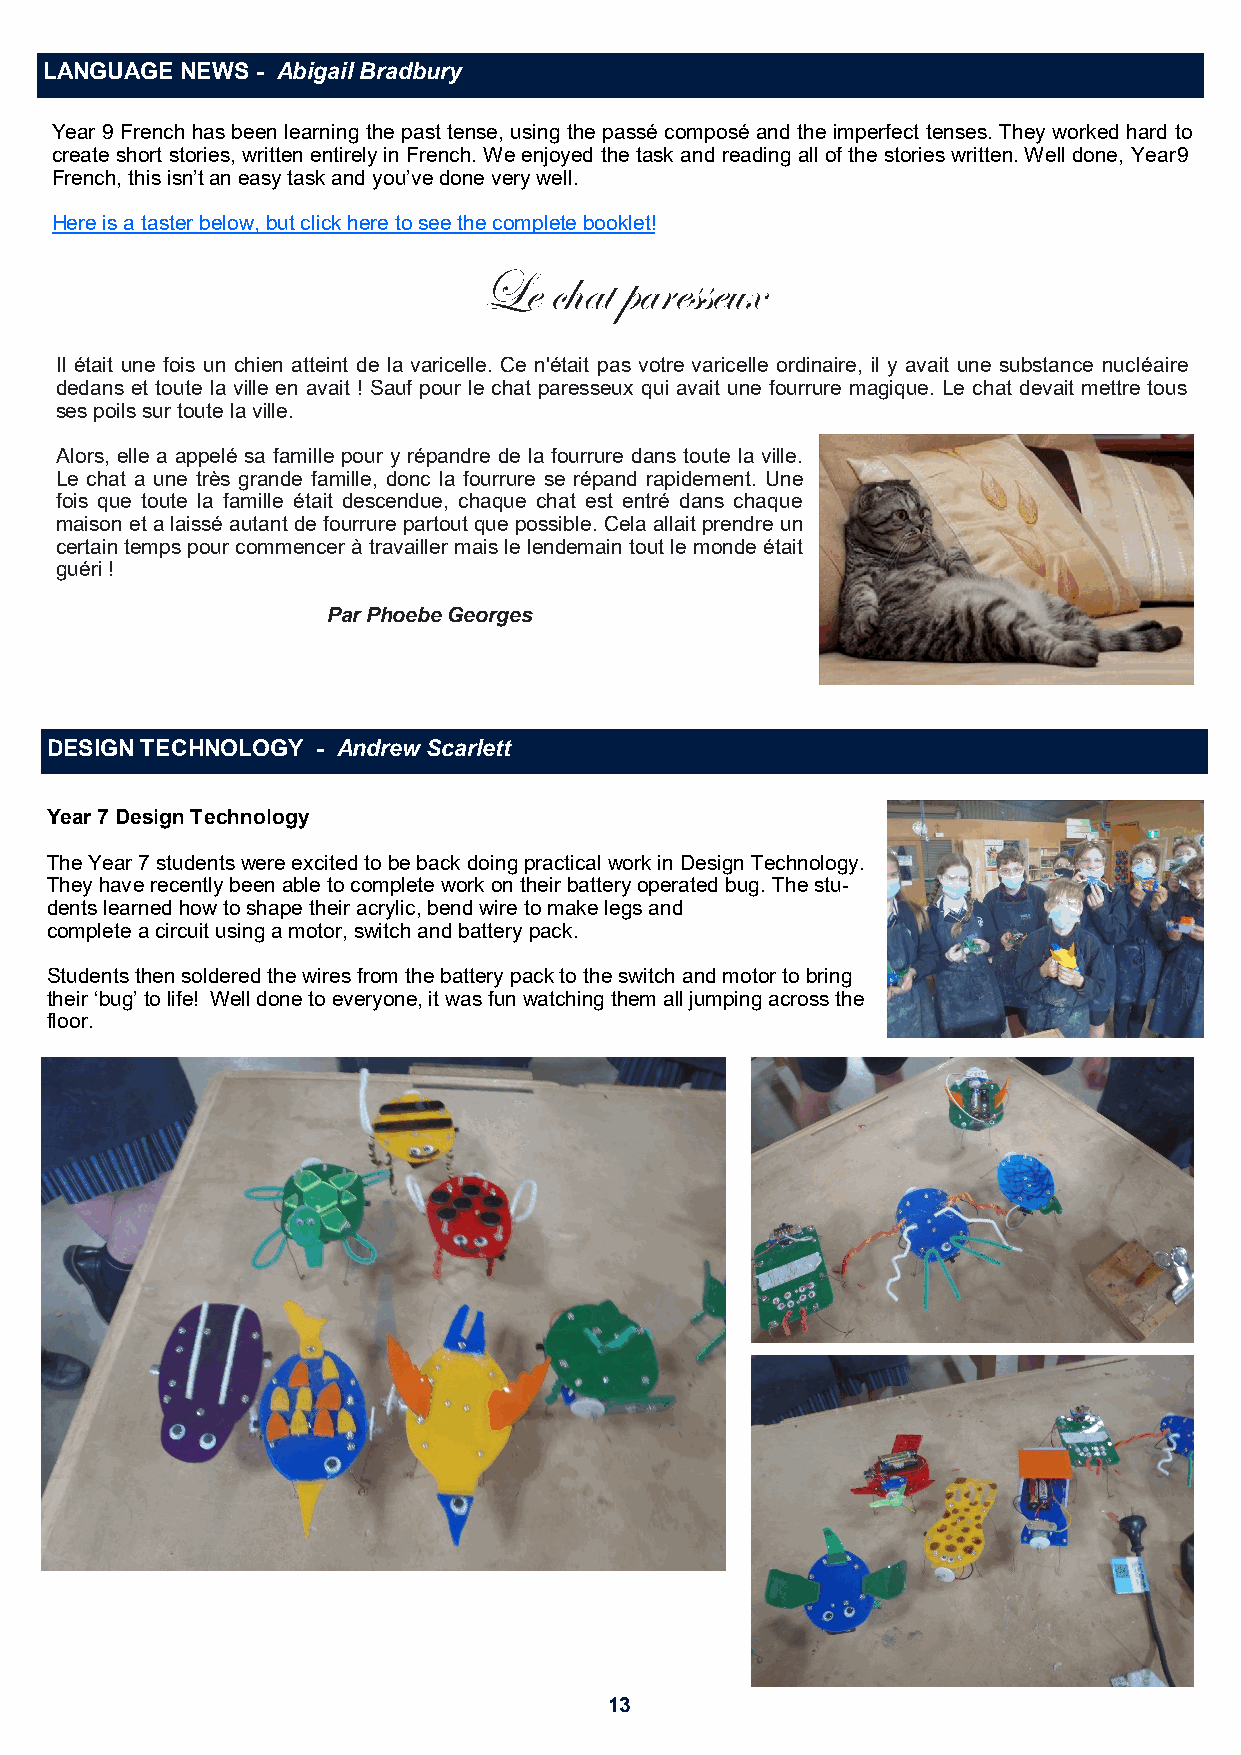
LANGUAGE NEWS - Abigail Bradbury
 Year 9 French has been learning the past tense, using the passé composé and the imperfect tenses. They worked hard to
 create short stories, written entirely in French. We enjoyed the task and reading all of the stories written. Well done, Year 9
 French, this isn’t an easy task and you’ve done very well.
 Here is a taster below, but click here to see the complete booklet!
 Le  chat paresseux
 Il était une fois un chien atteint de la varicelle. Ce n'était pas votre varicelle ordinaire, il y avait une substance nucléaire
 dedans et toute la ville en avait ! Sauf pour le chat paresseux qui avait une fourrure magique. Le chat devait mettre tous
 ses poils sur toute la ville.
 Alors, elle a appelé sa famille pour y répandre de la fourrure dans toute la ville.
 Le chat a une très grande famille, donc la fourrure se répand rapidement. Une
 fois que toute la famille était descendue, chaque chat est entré dans chaque
 maison et a laissé autant de fourrure partout que possible. Cela allait prendre un
 certain temps pour commencer à travailler mais le lendemain tout le monde était
 guéri !
 Par Phoebe Georges
 DESIGN TECHNOLOGY - Andrew Scarlett
 Year 7 Design Technology
 The Year 7 students were excited to be back doing practical work in Design Technology.
 They have recently been able to complete work on their battery operated bug. The stu-
 dents learned how to shape their acrylic, bend wire to make legs and
 complete a circuit using a motor, switch and battery pack.
 Students then soldered the wires from the battery pack to the switch and motor to bring
 their ‘bug’ to life! Well done to everyone, it was fun watching them all jumping across the
 floor.
 13